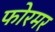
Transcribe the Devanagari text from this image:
फोरमर